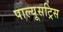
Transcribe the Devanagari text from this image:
पाल्यूसट्रिस